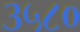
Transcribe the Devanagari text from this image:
३५८०